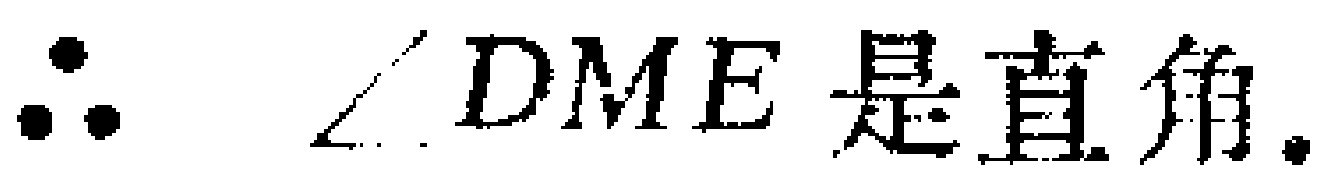
\(\therefore \angle DME是直角.\)